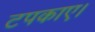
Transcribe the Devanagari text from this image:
टपकाए।